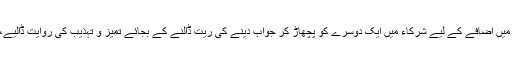
پروگرام کے دوران شور و غلغلے اور ہنگامے میں اضافے کے لیے شرکاء میں ایک دوسرے کو پچھاڑ کر جواب دینے کی ریت ڈالنے کے بجائے تمیز و تہذیب کی روایت ڈالیے، اگر تہذیب کا دامن تھامے رکھنا مقصد ہے تو۔